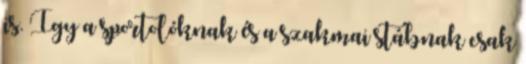
is. Így a sportolóknak és a szakmai stábnak csak